Sanitation, dispensaries and jails vaccination Rajputana 1922-1927 - 1922-1927
Year: 1922
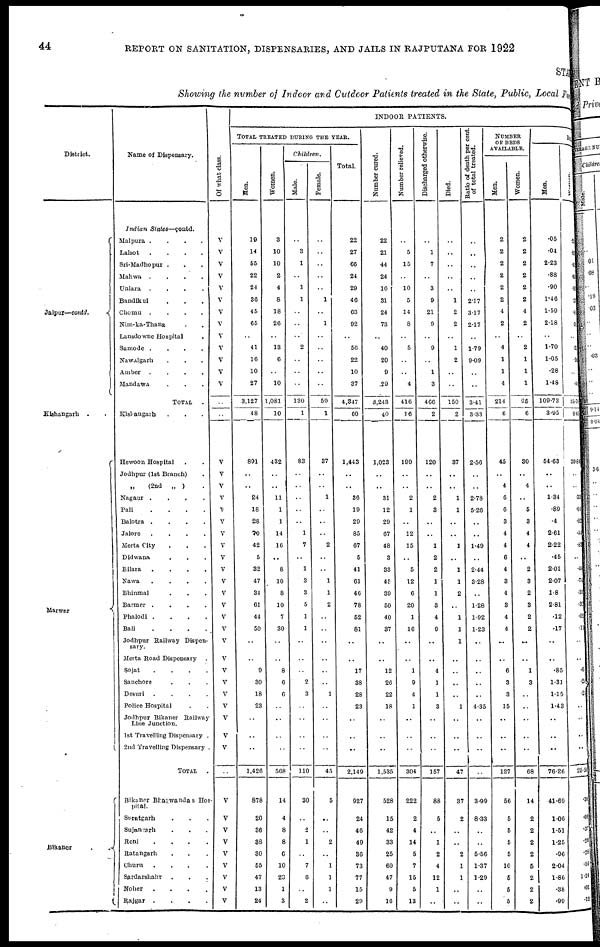
44
REPORT ON SANITATION, DISPENSARIES, AND JAILS IN RAJPUTANA FOR 1922
STATE
Showing the number of Indoor and Outdoor Patients treated in the State, Public, Local Fund
District.
Jaipur—contd.
Kishangarh . .
Marwar
Bikaner . .
Name of Dispensary.
Indian
States—contd.
Malpura . . . .
Lalsot . . . .
Sri-Madhopur . . .
Mahwa
.
.
.
.
Uniara
.
.
.
.
Bandikui . . .
Chomu
.
.
.
.
Nim-ka-Thana . .
Lansdowne Hospital .
Samode
.
.
.
.
Nawalgarh . . .
Amber
.
.
.
.
Mandawa . . .
TOTAL
.
Kishangarh . . .
Hewoon Hospital . .
Jodhpur (1st Branch) .
„
(2nd „ ) .
Nagaur
.
.
.
.
Pali
.
.
.
.
Balotra
.
.
.
.
Jalore
.
.
.
.
Merta City . . .
Didwana . . .
Bilara
. . . .
Nawa
.
.
.
.
Bhinmal . . .
Barmer . . . .
Phalodi . . .
Bali . . . .
Jodhpur Railway Dispen-
sary.
Merta Road Dispensary .
Sojat . . . .
Sanchore . . .
Desuri . . . .
Police Hospital . .
Jodhpur Bikaner Railway
Line Junction.
1st Travelling Dispensary
2nd Travelling Dispensary
TOTAL
Bikaner Bhagwandas Hos¬
pital.
Suratgarh . . .
Sujangarh . . .
Reni . . .
Ratangarh . . .
Churu . . . .
Sardarshahr . . .
Noher . . . .
Rajgar
. . . .
Of what class.
V
V
V
V
V
V
V
V
V
V
V
V
V
..
..
V
V
V
V
V
V
V
V
V
V
V
V
V
V
V
V
V
V
V
V
V
V
V
V
V
V
V
V
V
V
V
V
V
INDOOR PATIENTS.
TOTAL TREATED DURING THE YEAR.
Men.
19
14
55
22
24
30
45
65
..
41
16
10
27
3,127
48
891
..
..
24
18
28
70
42
5
32
47
34
61
44
50
..
..
9
30
18
23
..
..
..
1,426
878
20
36
38
30
55
47
13
24
Women.
3
10
10
2
4
8
18
26
..
13
6
..
10
1,081
10
432
..
..
11
1
1
14
16
..
8
10
8
10
7
30
..
..
8
6
6
..
..
..
..
568
14
4
8
8
6
10
23
1
3
Children.
Male.
..
3
1
..
1
1
..
..
..
2
..
..
..
130
1
83
..
..
..
..
..
1
7
..
1
3
3
5
1
1
..
..
..
2
3
..
..
..
..
110
30
..
2
1
..
7
6
..
2
Female.
..
..
..
..
..
1
..
1
..
..
..
..
..
59
1
37
..
..
1
..
..
..
2
..
..
1
1
2
..
..
..
..
..
..
1
..
..
..
..
45
5
..
..
2
..
1
1
1
..
Total.
22
27
66
24
29
46
63
92
..
56
22
10
37
4,347
60
1,443
..
..
36
19
29
85
67
5
41
61
46
78
52
81
..
..
17
38
28
23
..
..
..
2,149
927
24
46
49
36
73
77
15
29
Number cured.
22
21
44
24
16
31
24
73
..
40
20
9
.29
3,243
40
1,023
..
..
31
12
29
67
48
3
33
45
39
50
40
37
..
..
12
26
22
18
..
..
..
1,535
528
15
42
33
25
60
47
9
16
Number relieved.
..
5
15
..
10
5
14
8
..
5
..
..
4
416
16
199
..
..
2
1
..
12
15
..
5
12
6
20
1
16
..
..
1
9
4
1
..
..
..
304
222
2
4
14
5
7
15
5
13
Discharged otherwise
..
1
7
..
3
9
21
9
..
9
..
1
3
466
2
120
..
..
2
3
..
..
1
2
2
1
1
3
4
9
..
..
4
1
1
3
..
..
..
157
88
5
..
1
2
4
12
1
..
Died.
..
..
..
..
..
1
2
2
..
1
2
..
..
150
2
37
..
..
1
1
..
..
1
..
1
1
2
..
1
1
1
..
..
..
..
1
..
..
..
47
37
2
..
..
2
1
1
..
..
Ratio of death per cent.
of total treated.
..
..
..
..
..
2.17
3.17
2.17
..
1.79
9.09
..
..
3.41
3.33
2.56
..
..
2.78
5.26
..
..
1.49
..
2.44
3.28
..
1.28
1.92
1.23
..
..
..
..
..
4.35
..
..
..
..
3.99
8.33
..
..
5.56
1.37
1.29
..
..
NUMBER
OF BEDS
AVAILABLE.
Men.
2
2
2
2
2
2
4
2
..
4
1
1
4
214
6
45
..
4
6
6
3
4
4
6
4
3
4
3
4
4
..
..
6
3
3
15
..
..
..
127
56
5
5
5
5
10
5
5
5
Women.
2
2
2
2
2
2
4
2
..
2
1
1
1
95
6
30
..
4
..
5
3
4
4
..
2
3
2
3
2
2
..
..
1
3
..
..
..
..
..
68
14
2
2
2
2
5
2
2
2
DAI
Men.
.05
.04
2.23
.88
.90
1.46
1.59
218
..
1.70
1.05
.28
1.48
109.73
3.95
54.63
..
..
1.34
.89
.4
2.61
2.22
.45
2.01
2.07
1.8
2.81
.12
.17
..
..
.85
1.31
1.15
1.43
..
..
..
76.26
41.69
1.06
1.51
1.25
.96
2.04
1.86
.38
.99
Women.
.21
.05
.45
.05
.97
.27
. 45
.39
..
.
30
. 40
..
.48
35.76
0.45
20.84
..
..
.33
.04
.02
. 44
.83
..
.48
.74
.31
.32
.02
.11
..
..
.6
.25
.24
..
..
..
..
25. 50
.36
. 08
.37
.28
. 28
.56
1.24
.01
.12